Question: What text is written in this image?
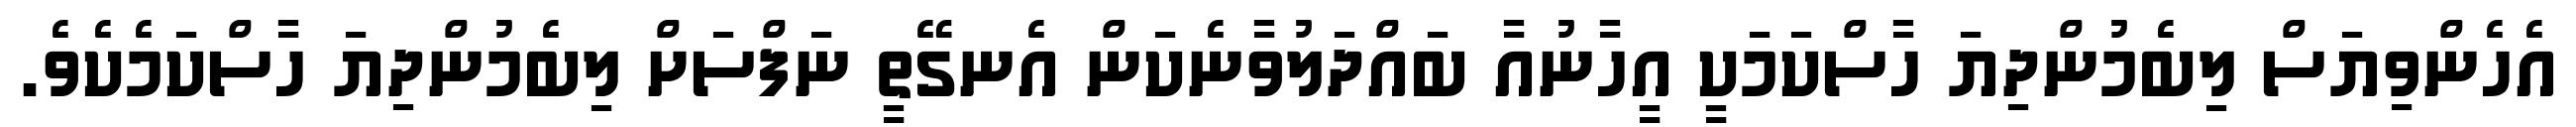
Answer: އެހެންވިޔަސް ލިބެމުންދިޔަ ހާސްކަމަކީ އީހާނުއާ ބައްދަލުވާނެކަން އެނގޭތީ ނަފްސަށް ލިބެމުންދިޔަ ހާސްކަމެކެވެ.